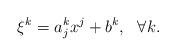
LaTeX: \begin{align*} \xi^k=a^k_jx^j+b^k, \ \ \forall k. \end{align*}